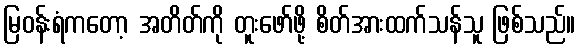
မြဝန်းရံကတော့ အတိတ်ကို တူးဖော်ဖို့ စိတ်အားထက်သန်သူ ဖြစ်သည်။